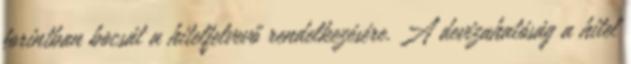
forintban bocsát a hitelfelvevő rendelkezésére. A devizahatóság a hitel